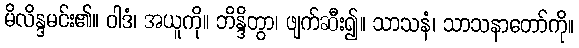
မိလိန္ဒမင်း၏။ ဝါဒံ၊ အယူကို။ ဘိန္ဒိတွာ၊ ဖျက်ဆီး၍။ သာသနံ၊ သာသနာတော်ကို။